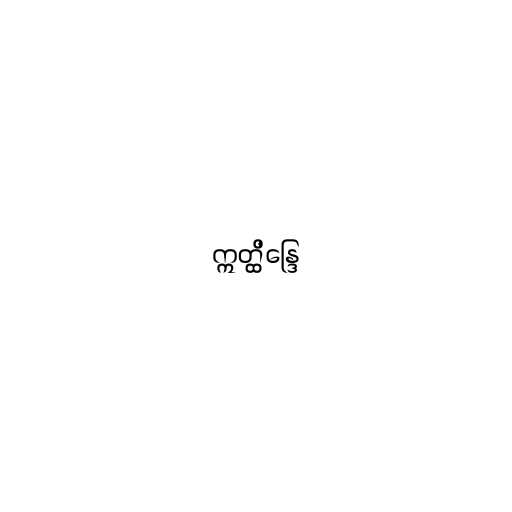
ဣတ္ထိန္ဒြေ